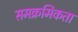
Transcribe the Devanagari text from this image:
समक्रमिकता